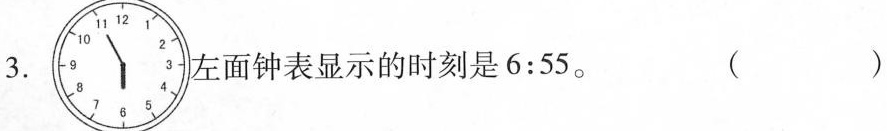
3. 左面钟表显示的时刻是6:55。( )